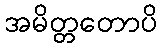
အမိတ္တတောပိ